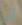
لي